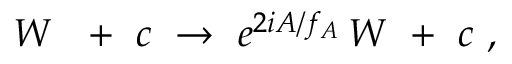
W \ \ + \ c \ \rightarrow \ e ^ { 2 i A / f _ { A } } \, W \ + \ c \ ,